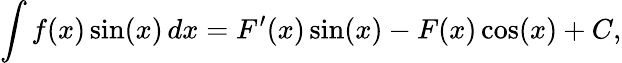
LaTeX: \int f(x)\sin(x)\, dx=F^{\prime}(x)\sin(x)-F(x)\cos(x)+C,